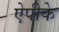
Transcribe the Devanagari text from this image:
ऐपीके